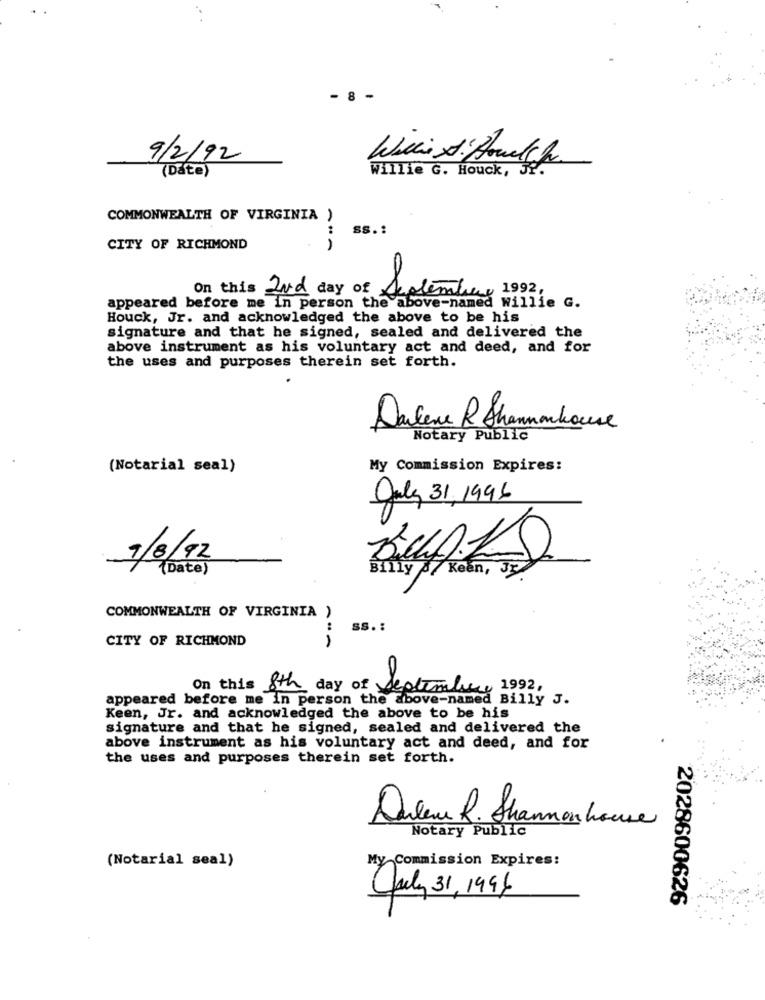
8
9/2/92
(Date)
Willie G. Houck, Jf.
COMMONWEALTH OF VIRGINIA )
SS .:
CITY OF RICHMOND
On this 2Nd day of
September 1992,
appeared before me in person the above-named Willie G.
Houck, Jr. and acknowledged the above to be his
signature and that he signed, sealed and delivered the
above instrument as his voluntary act and deed, and for
the uses and purposes therein set forth.
Dalene R Shannonhouse
Notary Public
(Notarial seal)
My Commission Expires:
July 31, 1996
9/8/92
(Date)
Billy / Keen,
COMMONWEALTH OF VIRGINIA )
SS. :
CITY OF RICHMOND
--
On this 8th day of September 1992,
appeared before me in person the above-named Billy J.
Keen, Jr. and acknowledged the above to be his
signature and that he signed, sealed and delivered the
above instrument as his voluntary act and deed, and for
the uses and purposes therein set forth.
Darlene R. Shannon house
Notary Public
My Commission Expires:
(Notarial seal)
Carly 31, 1996
2028600626